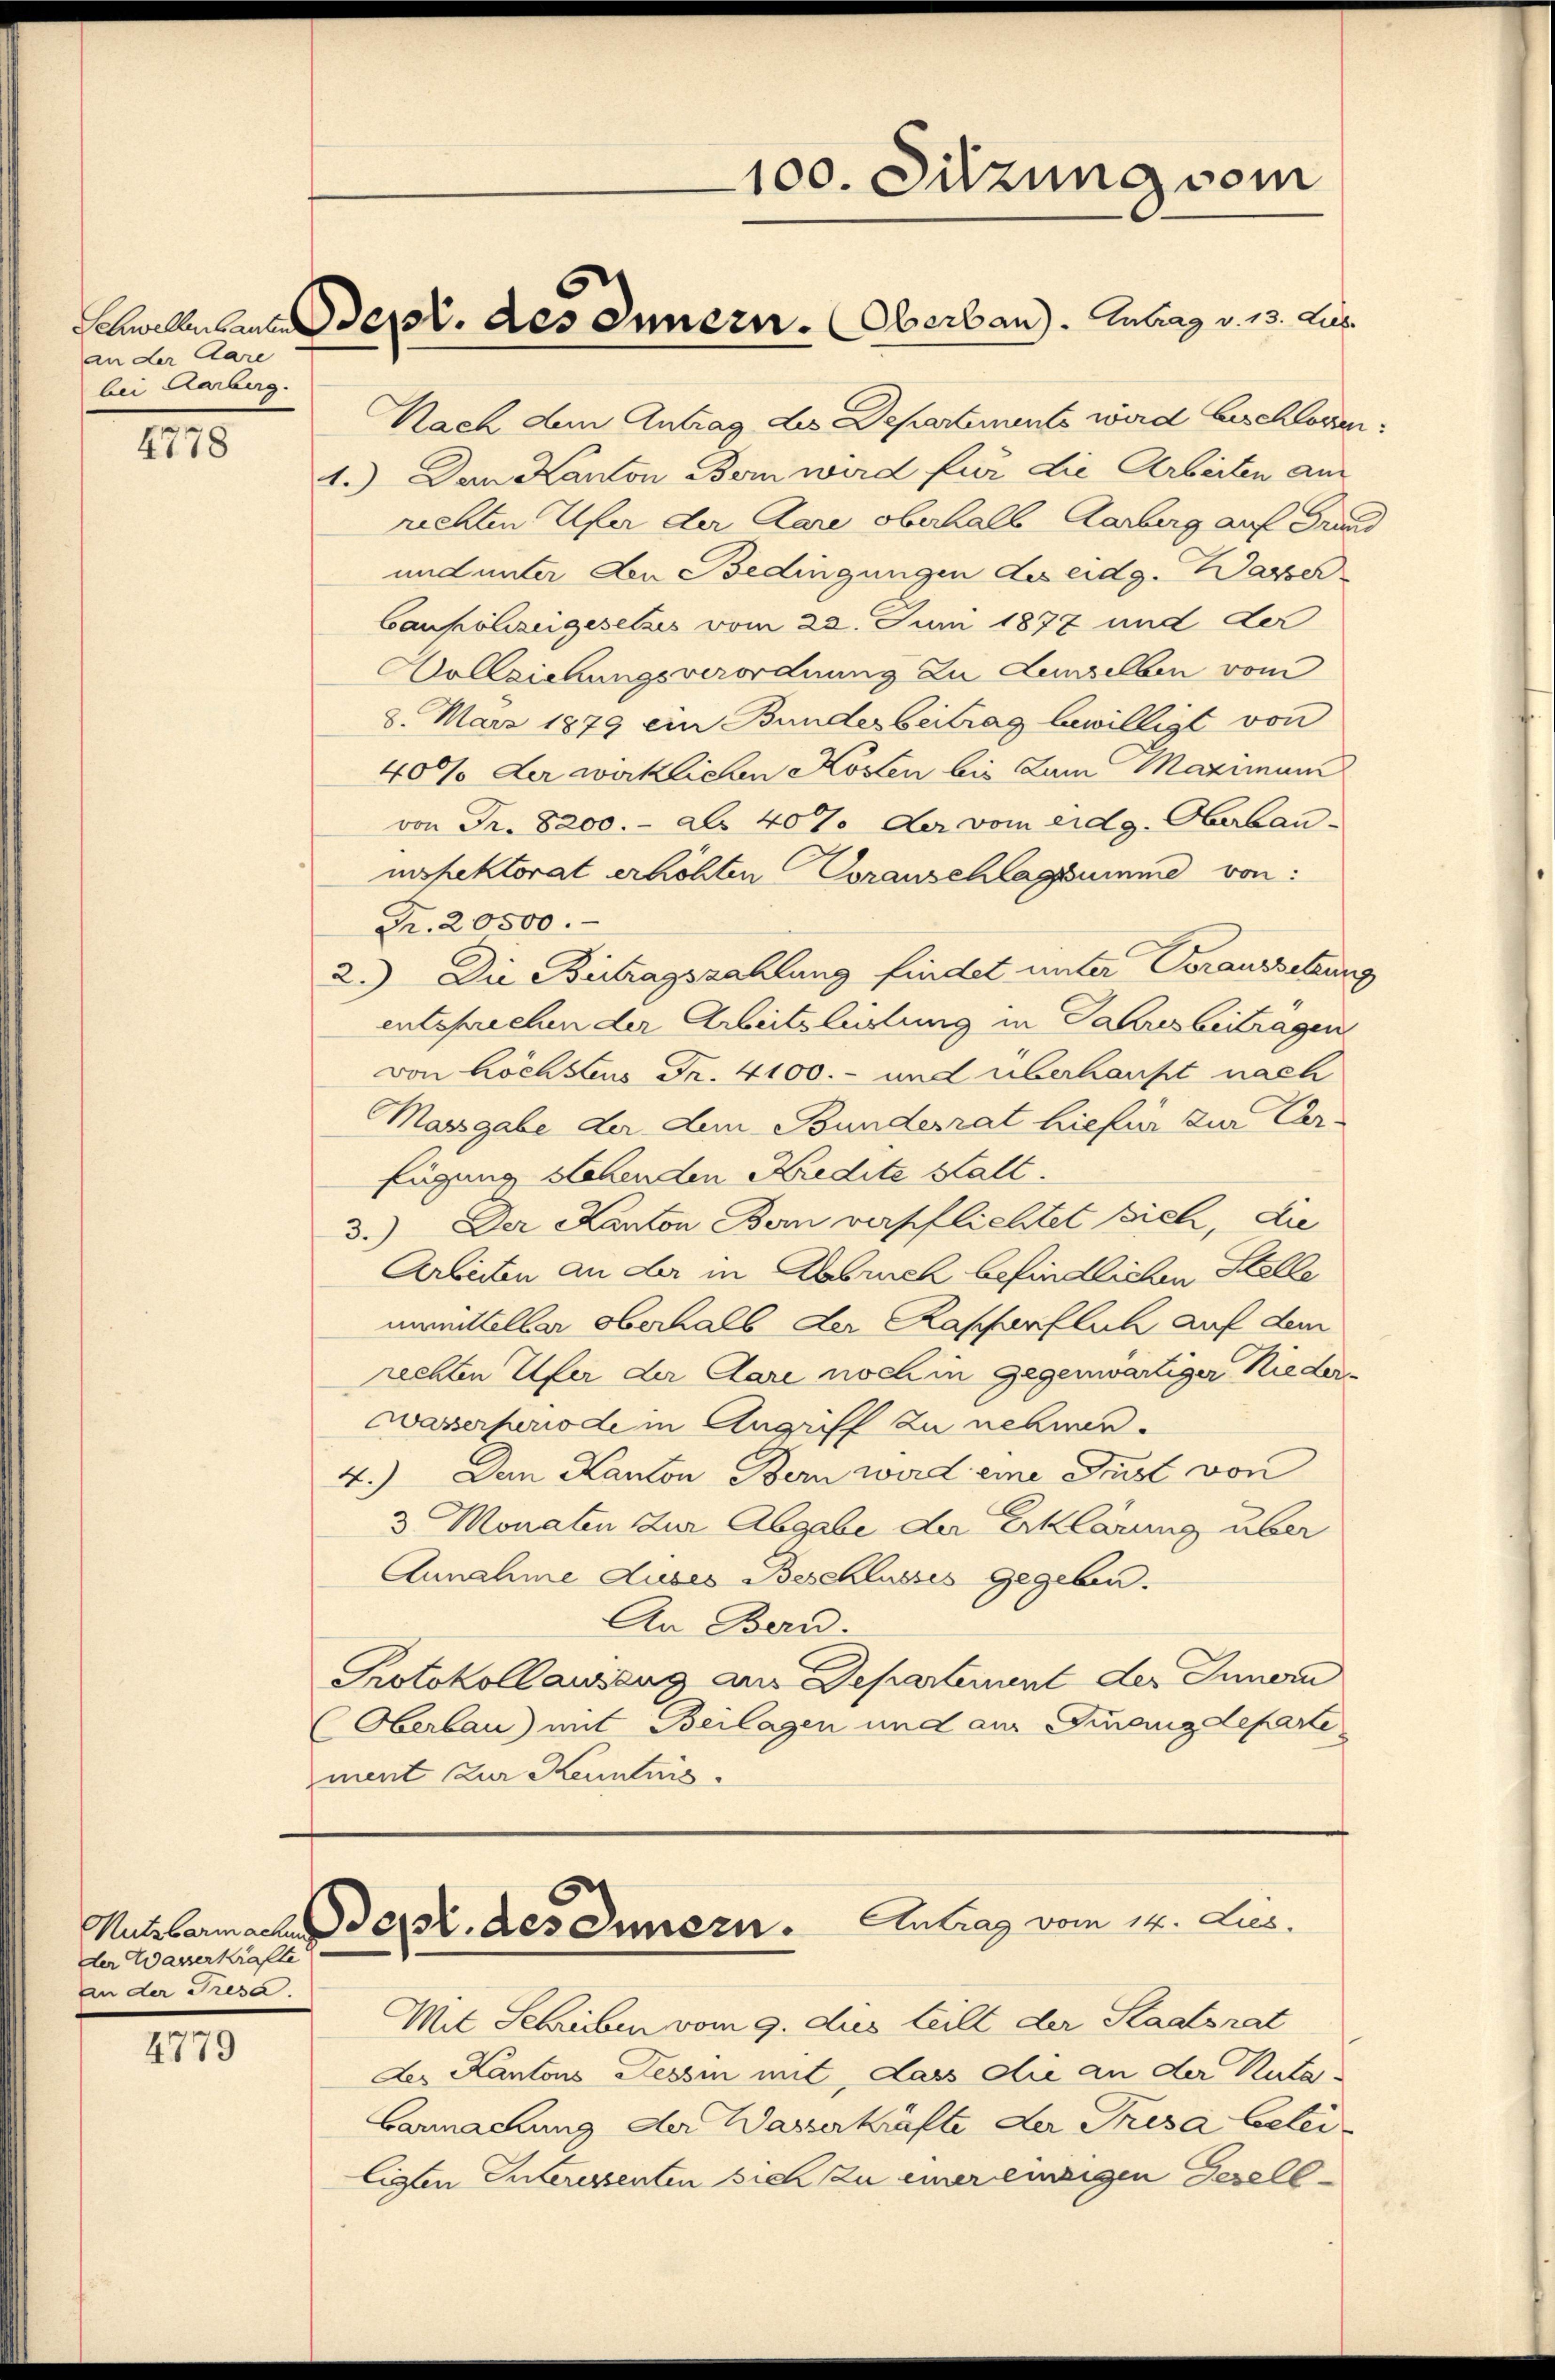
an der Aare
bei Karburg.

4778

der Wasserkräfte
an der Tresa.

4779

100. Sitzung vom

Nach dem Antrag des Departements wird beschlagen.
1.) Den Kanton Bem wird für die Arbeiten am
rechten Ufer der Aare oberhalb Aarberg auf Grund
und unter den Bedingungen des eidg. Wasser
baupolizeigesetzes vom 22. Juni 1877 und der
Vollziehungsverordnung zu Lenselben vom
8. März 1879 ein Bundesbeitrag bewilligt von
400% der wirklichen Kosten bis zum Maximan
von Fr. 8200.- als 40% der vom eidg. Oberbau-
infektorat erhöhten Voranschlagsumme von
Fr. 20500.
2.) Die Betragszahlung findet unter Voraussetzung
entsprechen der Arbeitsleitung in Jahresbeitragen
von höchstens Fr. 4100.- und überhaupt nach
Massgabe der dem Bundesrat hiefür zur Car-
fügung stehenden Kredite statt.
3.) Der Kanton Bern verpflichtet sich, die
Arbeiten an der in Abbruch befindlichen Stelle
unmittelbar oberhalb der Kapferflich auf dem
rechten Ufer der Aare noch in gegenwärtiger Rieder-
wasserperiode in Angriff zu nehmen.
4.) Den Kanton Bern wird eine Just von
3 Monaten zur Abgabe der Erklärung über
Annahme Luses Beschlusses gegeben.
An Bern
Protokollausung am Departement der Innern
Oberbau) mit Beilagen und aus Finanzdeparte
ment zur Kenntnis.

nallelen Sept. des Innern. Oberbau. Antrag v. 13. Jus

Mit Schrieben vom 9. dus teilt der Staatsrat
des Kantons Tessin mit, dass die an der Rata
Garmachung der Wasserkräfte der Presa belei
ligten Interessenten sich zu einereinigen Gesell-

Nutzbarma der des Innern. Antrag vom 14. Jus